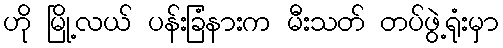
ဟို မြို့လယ် ပန်းခြံနားက မီးသတ် တပ်ဖွဲ့ရုံးမှာ